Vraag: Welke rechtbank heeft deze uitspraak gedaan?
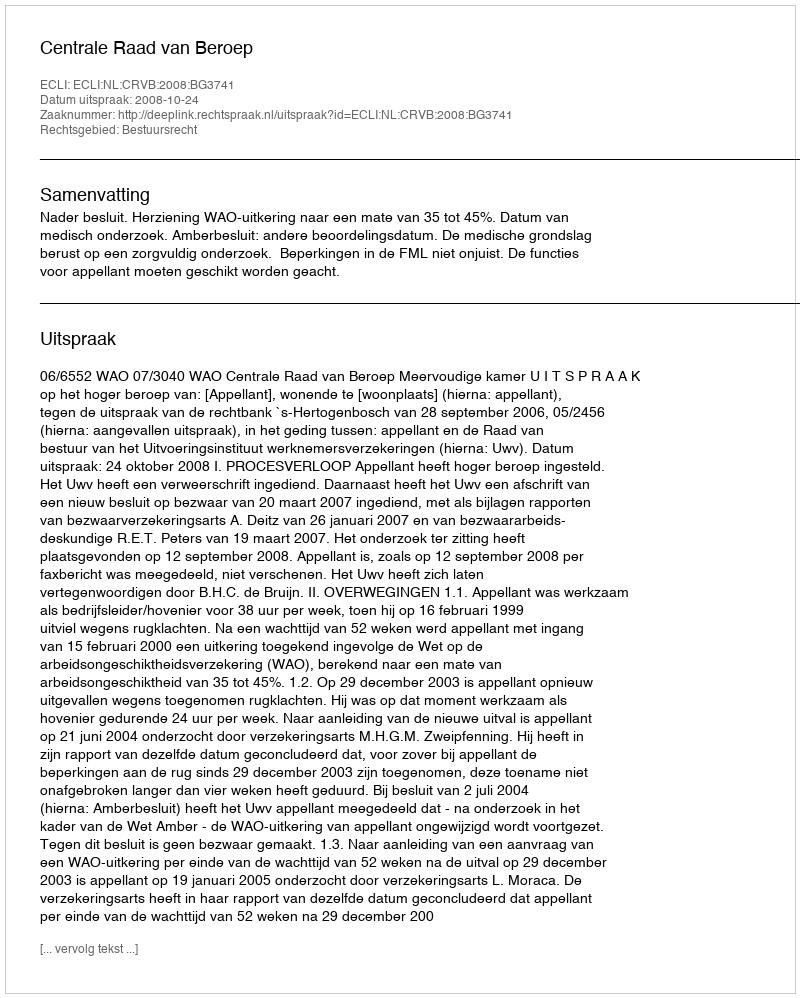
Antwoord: Centrale Raad van Beroep